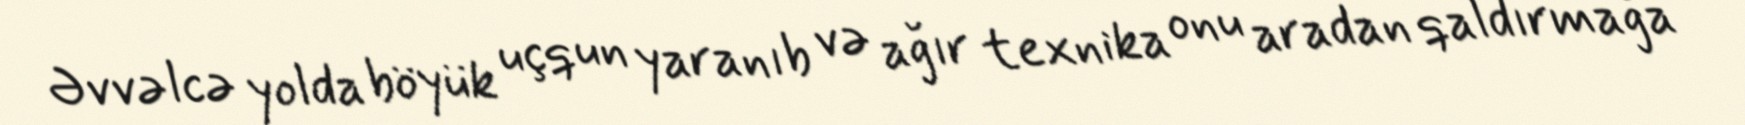
Əvvəlcə yolda böyük uçqun yaranıb və ağır texnika onu aradan qaldırmağa